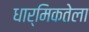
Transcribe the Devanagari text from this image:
धार्मिकतेला